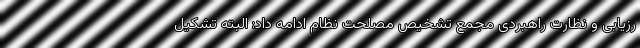
رزیابی و نظارت راهبردی مجمع تشخیص مصلحت نظام ادامه داد: البته تشکیل